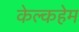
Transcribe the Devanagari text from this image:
केल्कहेम